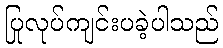
ပြုလုပ်ကျင်းပခဲ့ပါသည်